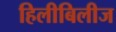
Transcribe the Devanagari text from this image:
हिलीबिलीज